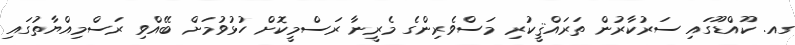
ގއ. ކޫއްޑޫގައި ސަރުކާރުން ތަރައްޤީކުރި މަސްވެރިންގެ މެރީނާ ރަސްމީކޮށް ހުޅުވުމަށް ބޭއްވި ރަސްމިއްޔާތުގައި